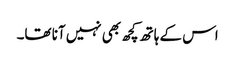
اس کے ہاتھ کچھ بھی نہیں آنا تھا۔